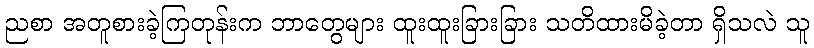
ညစာ အတူစားခဲ့ကြတုန်းက ဘာတွေများ ထူးထူးခြားခြား သတိထားမိခဲ့တာ ရှိသလဲ သူ